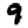
Digit: 9